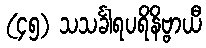
(၄၅) သသင်္ခါရပရိနိဗ္ဗာယီ